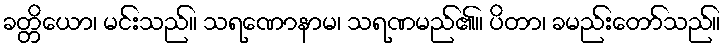
ခတ္တိယော၊ မင်းသည်။ သရဏောနာမ၊ သရဏမည်၏။ ပိတာ၊ ခမည်းတော်သည်။